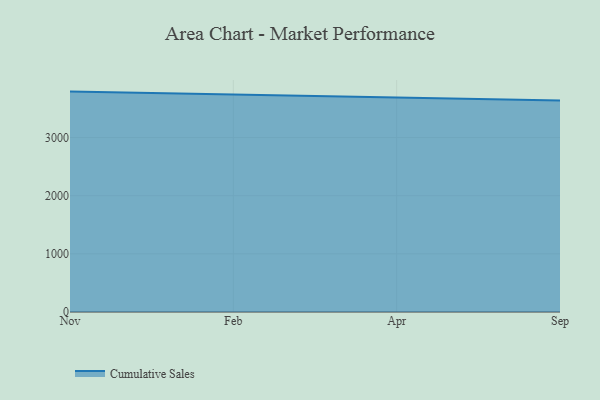
{"axis": {"x": "Month", "y": "Bounce Rate (%)"}, "legend": ["Cumulative Sales"], "data": [{"x": "Nov", "y": 3790.5, "type": "Cumulative Sales"}, {"x": "Feb", "y": 3746.7, "type": "Cumulative Sales"}, {"x": "Apr", "y": 3691.1, "type": "Cumulative Sales"}, {"x": "Sep", "y": 3636.4, "type": "Cumulative Sales"}]}